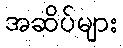
အဆိပ်များ